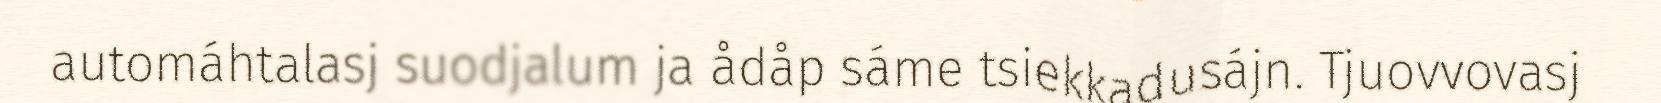
automáhtalasj suodjalum ja ådåp sáme tsiekkadusájn. Tjuovvovasj